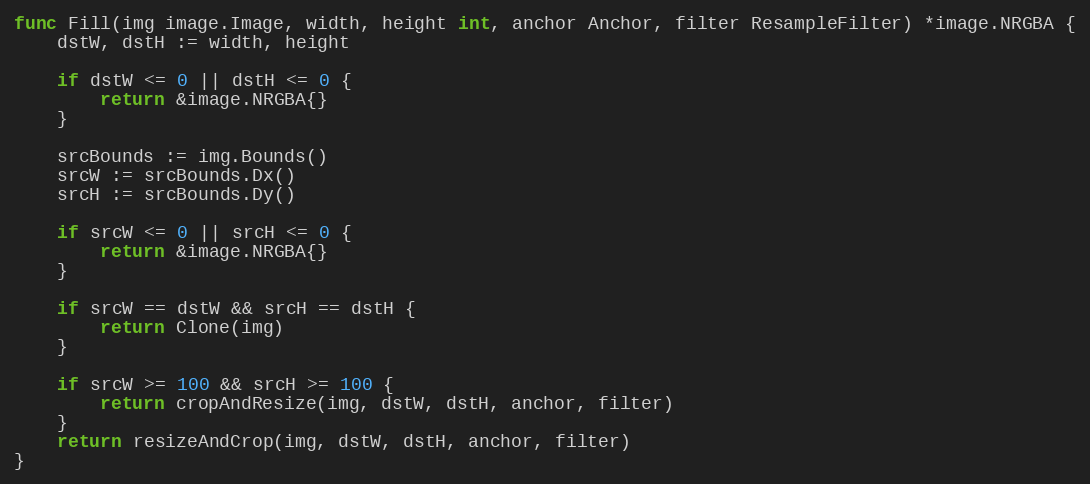
Language: Go
func Fill(img image.Image, width, height int, anchor Anchor, filter ResampleFilter) *image.NRGBA {
	dstW, dstH := width, height

	if dstW <= 0 || dstH <= 0 {
		return &image.NRGBA{}
	}

	srcBounds := img.Bounds()
	srcW := srcBounds.Dx()
	srcH := srcBounds.Dy()

	if srcW <= 0 || srcH <= 0 {
		return &image.NRGBA{}
	}

	if srcW == dstW && srcH == dstH {
		return Clone(img)
	}

	if srcW >= 100 && srcH >= 100 {
		return cropAndResize(img, dstW, dstH, anchor, filter)
	}
	return resizeAndCrop(img, dstW, dstH, anchor, filter)
}